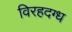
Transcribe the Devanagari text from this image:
विरहदग्ध